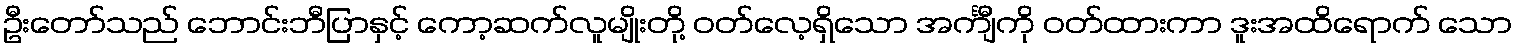
ဦးတော်သည် ဘောင်းဘီပြာနှင့် ကော့ဆက်လူမျိုးတို့ ဝတ်လေ့ရှိသော အင်္ကျီကို ဝတ်ထားကာ ဒူးအထိရောက် သော